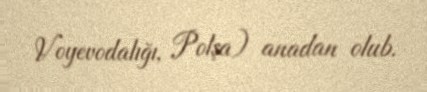
Voyevodalığı, Polşa) anadan olub.